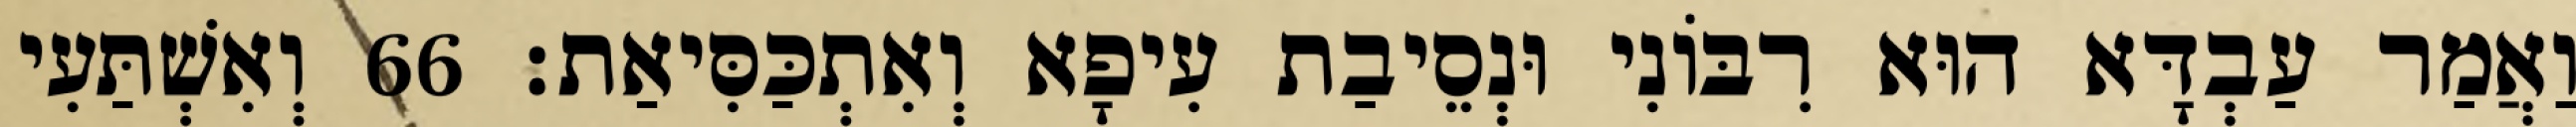
וַאֲמַר עַבְדָּא הוּא רִבּוֹנִי וּנְסֵיבַת עִיפָא וְאִתְכַּסִּיאַת׃ 66 וְאִשְׁתַּעִי